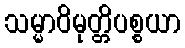
သမ္မာဝိမုတ္တိပစ္စယာ